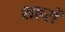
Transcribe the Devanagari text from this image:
शहरों